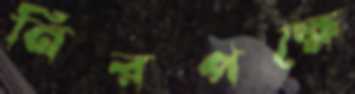
নিরপক্ষে